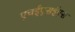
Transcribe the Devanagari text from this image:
एचईएसईएस